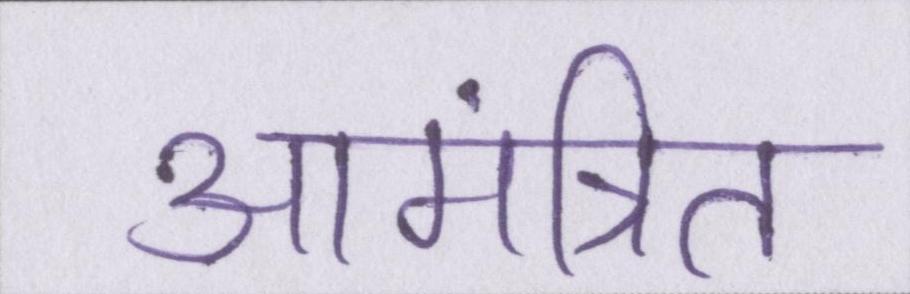
आमंत्रित